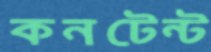
কনটেন্ট